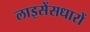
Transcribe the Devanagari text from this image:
लाइसेंसधारों